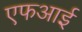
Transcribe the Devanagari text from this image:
एफआई